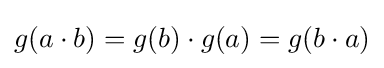
g(a\cdot b)=g(b)\cdot g(a)=g(b\cdot a)